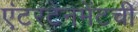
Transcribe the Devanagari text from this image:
एंटरटेनमेंटची